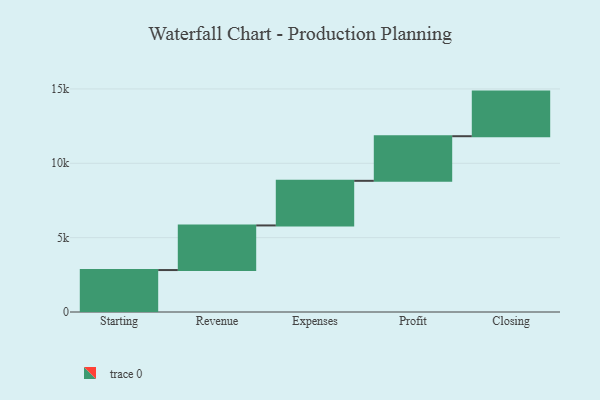
{"axis": {"x": "Step", "y": "Value"}, "legend": [""], "data": [{"x": "Starting", "y": 2821.0, "type": ""}, {"x": "Revenue", "y": 3000, "type": ""}, {"x": "Expenses", "y": 3000, "type": ""}, {"x": "Profit", "y": 3000, "type": ""}, {"x": "Closing", "y": 3000, "type": ""}]}